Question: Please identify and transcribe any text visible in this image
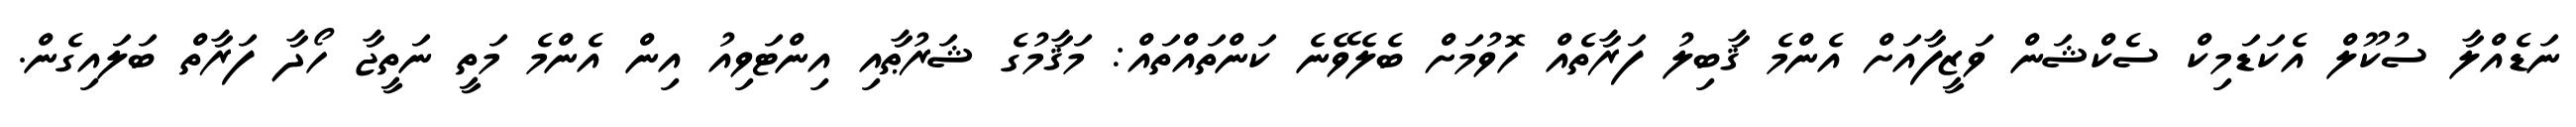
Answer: ނަޑެއްލާ ސުކޫލް އެކަޑަމިކް ސެކްޝަން ވަޒީފާއަށް އެންމެ ޤާބިލު ފަރާތެއް ހޮވުމަށް ބެލެވޭނެ ކަންތައްތައް: މަޤާމުގެ ޝަރުޠާއި އިންޓަވިއު އިން އެންމެ މަތީ ނަތީޖާ ހޯދާ ފަރާތް ބަލައިގެން.